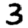
Digit: 3